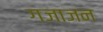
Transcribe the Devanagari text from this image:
गजाजन